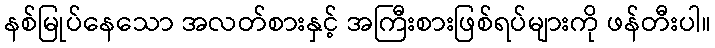
နစ်မြုပ်နေသော အလတ်စားနှင့် အကြီးစားဖြစ်ရပ်များကို ဖန်တီးပါ။